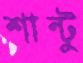
শান্টু